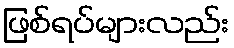
ဖြစ်ရပ်များလည်း